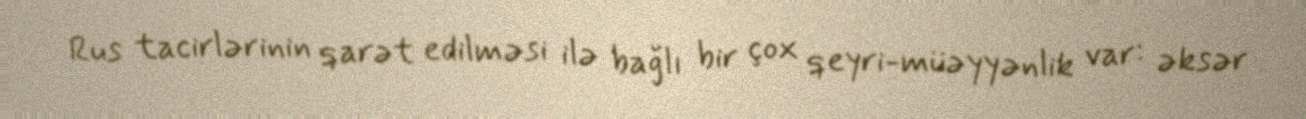
Rus tacirlərinin qarət edilməsi ilə bağlı bir çox qeyri-müəyyənlik var: əksər